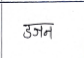
मजकूर: डजन